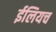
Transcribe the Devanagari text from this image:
ईलियच